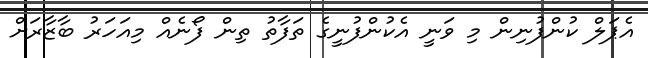
އެޕަލް ކުންފުނިން މި ވަނީ އެކުންފުނީގެ ތަފާތު ތިން ފޯނެއް މިއަހަރު ބާޒާރަށް